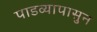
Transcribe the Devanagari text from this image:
पाडव्यापासुन